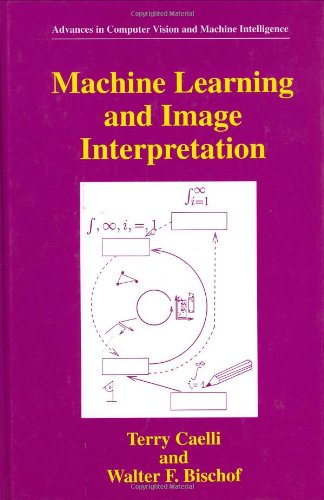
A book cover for Machine Learning and Image Interpretation (Advances in Computer Vision and Machine Intelligence); Terry Caelli; Computers & Technology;